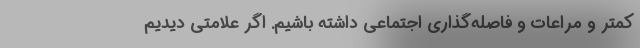
کمتر و مراعات و فاصله‌گذاری اجتماعی داشته باشیم. اگر علامتی دیدیم